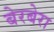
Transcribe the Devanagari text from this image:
बेरबेरा